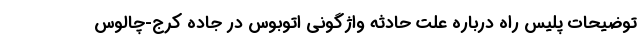
توضیحات پلیس راه درباره علت حادثه واژگونی اتوبوس در جاده کرج-چالوس